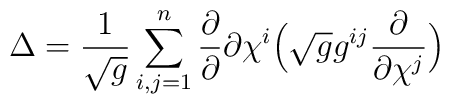
\Delta=\frac{1}{\sqrt g}\sum_{i,j=1}^{n}\frac{\partial}{\partial}{\partial\chi^i}\Big(\sqrt g g^{ij}\frac{\partial}{\partial\chi^j}\Big)